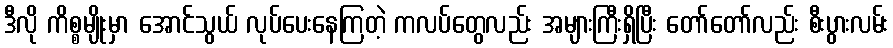
ဒီလို ကိစ္စမျိုးမှာ အောင်သွယ် လုပ်ပေးနေကြတဲ့ ကလပ်တွေလည်း အများကြီးရှိပြီး တော်တော်လည်း စီးပွားလမ်း